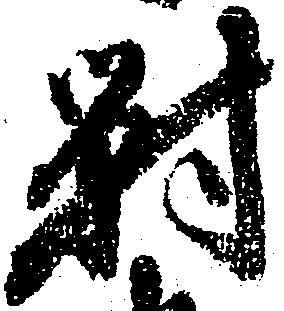
対